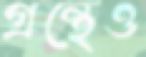
গ্রন্থেও